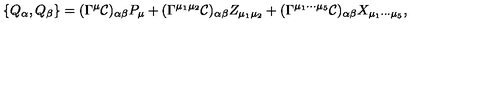
\{ Q _ { \alpha } , Q _ { \beta } \} = ( \Gamma ^ { \mu } { \cal C } ) _ { \alpha \beta } P _ { \mu } + ( \Gamma ^ { \mu _ { 1 } \mu _ { 2 } } { \cal C } ) _ { \alpha \beta } Z _ { \mu _ { 1 } \mu _ { 2 } } + ( \Gamma ^ { \mu _ { 1 } \cdots \mu _ { 5 } } { \cal C } ) _ { \alpha \beta } X _ { \mu _ { 1 } \cdots \mu _ { 5 } } ,